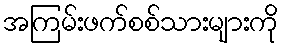
အကြမ်းဖက်စစ်သားများကို